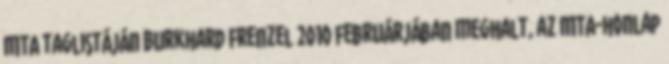
MTA taglistáján Burkhard Frenzel 2010 februárjában meghalt, az MTA-honlap